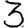
Digit: 3